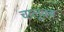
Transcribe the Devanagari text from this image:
चालूक्य